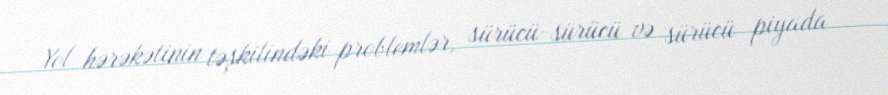
Yol hərəkətinin təşkilindəki problemlər, sürücü-sürücü və sürücü piyada